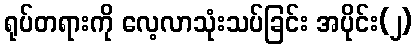
ရုပ်တရားကို လေ့လာသုံးသပ်ခြင်း အပိုင်း(၂)